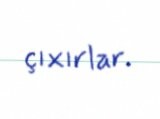
çıxırlar.